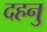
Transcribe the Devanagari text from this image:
दहनु